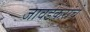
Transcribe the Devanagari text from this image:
जावडेकरांचे